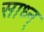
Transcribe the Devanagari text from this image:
साध्न्